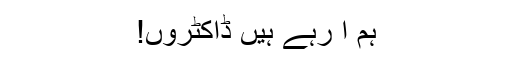
ہم آ رہے ہیں ڈاکٹروں!